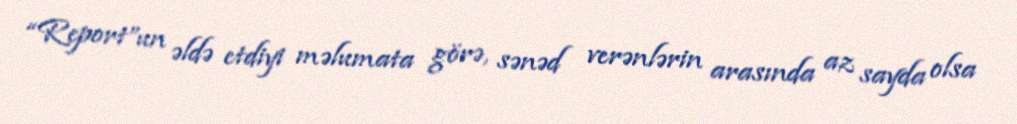
“Report”un əldə etdiyi məlumata görə, sənəd verənlərin arasında az sayda olsa